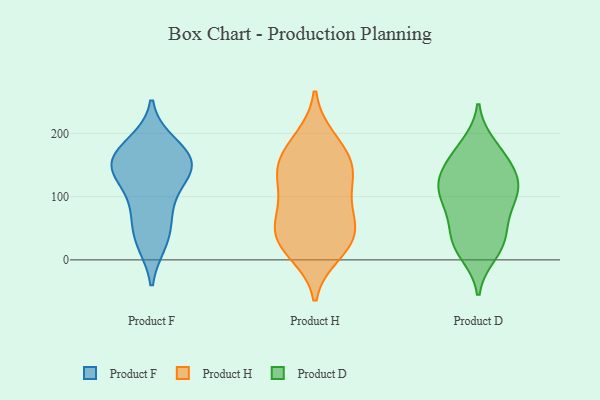
{"axis": {"x": "Production Output", "y": "Value"}, "legend": ["Product D", "Product F", "Product H"], "data": [{"x": "", "y": 97, "type": "Product F"}, {"x": "", "y": 145, "type": "Product F"}, {"x": "", "y": 27, "type": "Product F"}, {"x": "", "y": 150, "type": "Product F"}, {"x": "", "y": 74, "type": "Product F"}, {"x": "", "y": 180, "type": "Product F"}, {"x": "", "y": 159, "type": "Product F"}, {"x": "", "y": 161, "type": "Product F"}, {"x": "", "y": 146, "type": "Product F"}, {"x": "", "y": 142, "type": "Product F"}, {"x": "", "y": 57, "type": "Product F"}, {"x": "", "y": 122, "type": "Product F"}, {"x": "", "y": 28, "type": "Product F"}, {"x": "", "y": 185, "type": "Product F"}, {"x": "", "y": 125, "type": "Product H"}, {"x": "", "y": 19, "type": "Product H"}, {"x": "", "y": 87, "type": "Product H"}, {"x": "", "y": 99, "type": "Product H"}, {"x": "", "y": 26, "type": "Product H"}, {"x": "", "y": 10, "type": "Product H"}, {"x": "", "y": 34, "type": "Product H"}, {"x": "", "y": 52, "type": "Product H"}, {"x": "", "y": 150, "type": "Product H"}, {"x": "", "y": 139, "type": "Product H"}, {"x": "", "y": 185, "type": "Product H"}, {"x": "", "y": 144, "type": "Product H"}, {"x": "", "y": 59, "type": "Product H"}, {"x": "", "y": 192, "type": "Product H"}, {"x": "", "y": 56, "type": "Product H"}, {"x": "", "y": 155, "type": "Product H"}, {"x": "", "y": 181, "type": "Product D"}, {"x": "", "y": 18, "type": "Product D"}, {"x": "", "y": 143, "type": "Product D"}, {"x": "", "y": 169, "type": "Product D"}, {"x": "", "y": 76, "type": "Product D"}, {"x": "", "y": 115, "type": "Product D"}, {"x": "", "y": 125, "type": "Product D"}, {"x": "", "y": 164, "type": "Product D"}, {"x": "", "y": 10, "type": "Product D"}, {"x": "", "y": 131, "type": "Product D"}, {"x": "", "y": 110, "type": "Product D"}, {"x": "", "y": 33, "type": "Product D"}, {"x": "", "y": 31, "type": "Product D"}, {"x": "", "y": 47, "type": "Product D"}, {"x": "", "y": 88, "type": "Product D"}, {"x": "", "y": 90, "type": "Product D"}, {"x": "", "y": 118, "type": "Product D"}]}